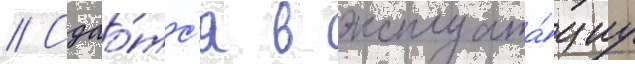
// Сдао́тс'я в эксплуата́циу